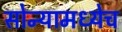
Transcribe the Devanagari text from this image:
सोन्यामध्येच